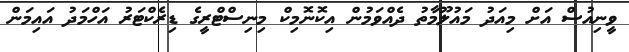
ވީނިއުސް އަށް މިއަދު މައުލޫމާތު ދެއްވަމުން އިކޮނޮމިކް މިނިސްޓްރީގެ ޑިރެކްޓަރު އަހްމަދު އައިމަން